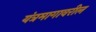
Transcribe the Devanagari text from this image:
यंत्रमागावरील